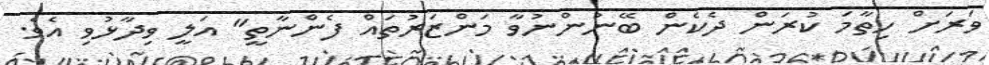
ވަރަށް ހިތާމަ ކުރަން ދެކެން ބޭނުންނުވާ މަންޒަރުތައް ފެންނާތީ" އަލީ ވިދާޅުވި އެވެ.